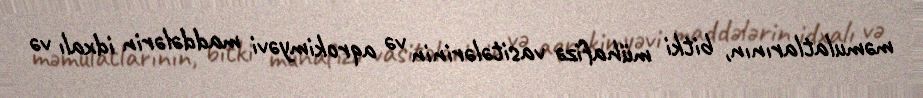
məmulatlarının, bitki mühafizə vasitələrinin və aqrokimyəvi maddələrin idxalı və